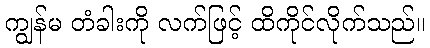
ကျွန်မ တံခါးကို လက်ဖြင့် ထိကိုင်လိုက်သည်။